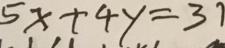
5 x + 4 y = 3 1